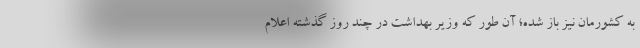
به کشور‌مان نیز باز شده؛ آن طور که وزیر بهداشت در چند روز گذشته اعلام